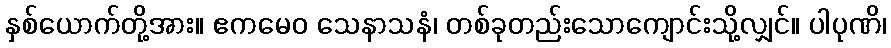
နှစ်ယောက်တို့အား။ ဧကမေဝ သေနာသနံ၊ တစ်ခုတည်းသောကျောင်းသို့လျှင်။ ပါပုဏိ၊